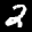
Label: 2